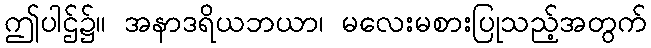
ဤပါဌ်၌။ အနာဒရိယဘယာ၊ မလေးမစားပြုသည့်အတွက်